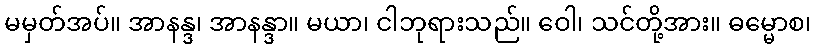
မမှတ်အပ်။ အာနန္ဒ၊ အာနန္ဒာ။ မယာ၊ ငါဘုရားသည်။ ဝေါ၊ သင်တို့အား။ ဓမ္မောစ၊